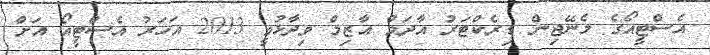
އެސްޓީއޯގެ މެނޭޖިން ޑިރެކްޓަރު އާދަމް އާޒިމް ވިދާޅުވީ 2013 އަހަރު އެސްޓީއޯ އަށް